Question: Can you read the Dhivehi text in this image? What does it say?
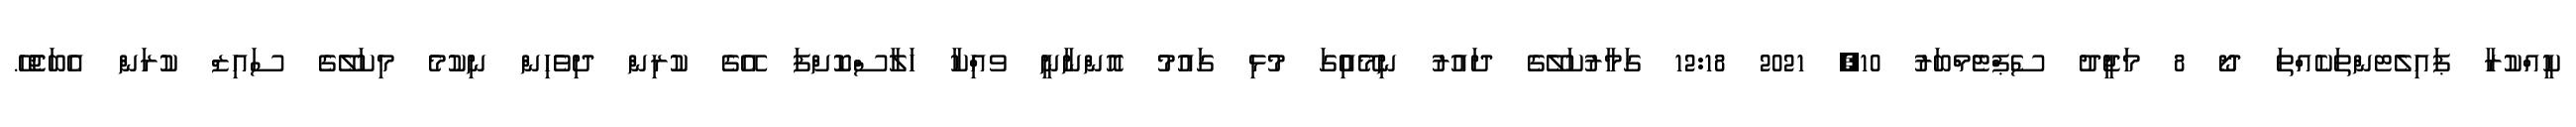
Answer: ކީއްކުރާ ޕައިލެޓންތަކެއްތަ ދޯ 8 މަޖީދު ސެޕްޓެމްބަރު 10, 2021 12:18 ގަމާރުކަލޭގެ ދައުރު ނިމޭއިެުގަ މުޅި ގައުމު އޮންނާނީ ވއިްކާ ހަލާސްކޮށްފަ އޭގެ ކުރިން ދިވެހިން ނިކުމެ މިކަލޭގެ ސައިޒް ކުރަން އެބަޖެހޭ.